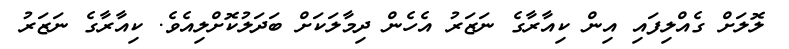
ލޮލަށް ގެއްލިފައި އިން ކިއާރާގެ ނަޒަރު އެހެން ދިމާލަކަށް ބަދަލުކޮށްލިއެވެ. ކިއާރާގެ ނަޒަރު